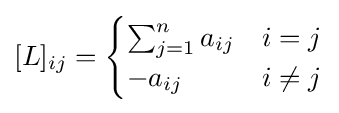
[L]_{ij}={\begin{cases}\sum _{j=1}^{n}a_{ij}&i=j\\-a_{ij}&i\neq j\end{cases}}